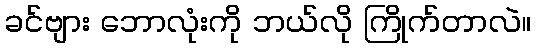
ခင်ဗျား ဘောလုံးကို ဘယ်လို ကြိုက်တာလဲ။